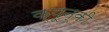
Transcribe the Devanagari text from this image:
क्यून्की